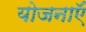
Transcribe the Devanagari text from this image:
योजनाऍं